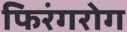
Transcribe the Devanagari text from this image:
फिरंगरोग